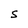
Character: S